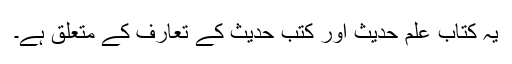
یہ کتاب علم حدیث اور کتب حدیث کے تعارف کے متعلق ہے۔